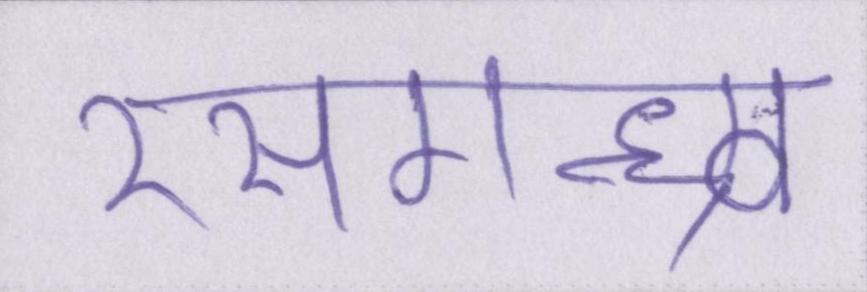
रसगन्ध्र्व